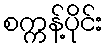
စက္ကန့်ပိုင်း